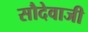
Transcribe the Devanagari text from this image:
सौदेवाजी